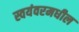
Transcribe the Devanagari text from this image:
स्वयंवरमधील